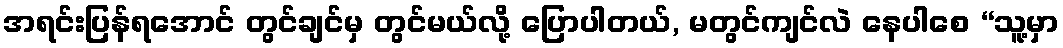
အရင်းပြန်ရအောင် တွင်ချင်မှ တွင်မယ်လို့ ပြောပါတယ်, မတွင်ကျင်လဲ နေပါစေ “သူ့မှာ